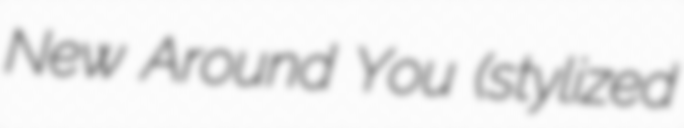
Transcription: New Around You (stylized